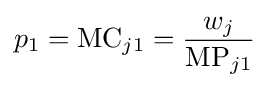
p_{1}={\text{MC}}_{j1}={\frac {w_{j}}{{\text{MP}}_{j1}}}